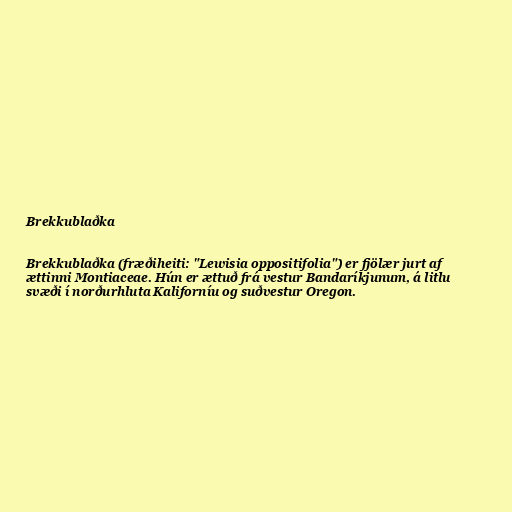
Brekkublaðka

Brekkublaðka (fræðiheiti: "Lewisia oppositifolia") er fjölær jurt af
ættinni Montiaceae. Hún er ættuð frá vestur Bandaríkjunum, á litlu
svæði í norðurhluta Kaliforníu og suðvestur Oregon.